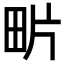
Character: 𤰽